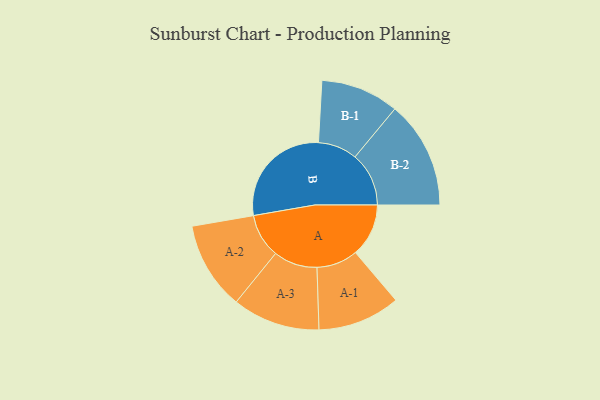
{"axis": {"x": "Segment", "y": "Value"}, "legend": ["", "A", "B"], "data": [{"x": "A", "y": 228, "type": ""}, {"x": "B", "y": 473, "type": ""}, {"x": "A-1", "y": 177, "type": "A"}, {"x": "A-2", "y": 189, "type": "A"}, {"x": "A-3", "y": 188, "type": "A"}, {"x": "B-1", "y": 168, "type": "B"}, {"x": "B-2", "y": 231, "type": "B"}]}